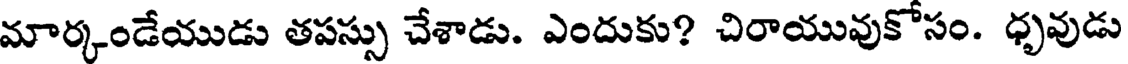
మార్కండేయుడు తపస్సు చేశాడు. ఎందుకు? చిరాయువుకోసం. ధృవుడు